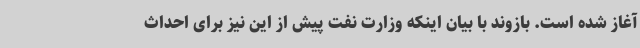
آغاز شده است. بازوند با بیان اینکه وزارت نفت پیش از این نیز برای احداث